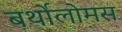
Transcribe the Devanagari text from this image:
बर्थोलोमस